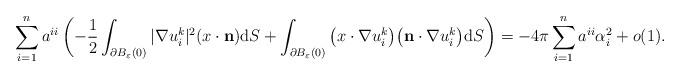
LaTeX: \begin{align*}\begin{aligned}\sum\limits_{i=1}^{n}a^{ii}\left(-\frac{1}{2}\int_{\partial B_{\varepsilon}(0)}|\nabla u^{k}_{i}|^2(x\cdot\mathbf{n})\mathrm{d}S+\int_{\partial B_{\varepsilon}(0)}\big(x\cdot\nabla u^k_i\big)\big(\mathbf{n}\cdot\nabla u^k_i\big)\mathrm{d}S\right)=-4\pi\sum\limits_{i=1}^{n}a^{ii}\alpha_{i}^{2}+o(1).\end{aligned}\end{align*}